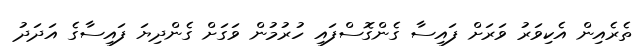
ތެރެއިން އެކިވަރު ވަރަށް ފައިސާ ގެންގޮސްފައި ހުރުމުން ވަގަށް ގެންދިޔަ ފައިސާގެ އަދަދު